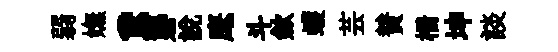
弱嫵鵞礱說麾斗歛蠖芸賛栅坤談